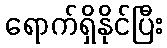
ရောက်ရှိနိုင်ပြီး